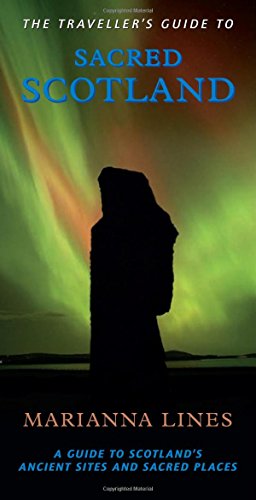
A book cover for The Traveller's Guide to Sacred Scotland: A Guide to the Legends, Lore and Landscape of Scotland's Sacred Places (Traveller's Guides); Marianna Lines; Travel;